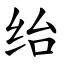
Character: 绐